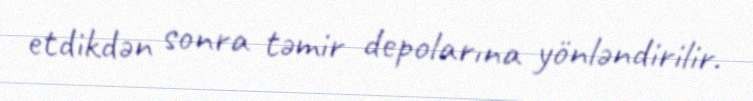
etdikdən sonra təmir depolarına yönləndirilir.